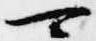
可